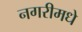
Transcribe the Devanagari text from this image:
नगरीमधे